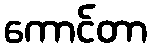
ကောင်တာ